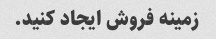
زمینه فروش ایجاد کنید.